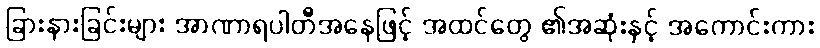
ခြားနားခြင်းများ အာဏာရပါတီအနေဖြင့် အထင်တွေ ၏အဆုံးနှင့် အကောင်းကား